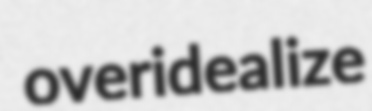
overidealize